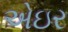
એઇર